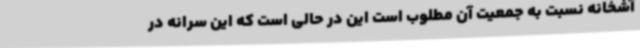
آشخانه نسبت به جمعیت آن مطلوب است این در حالی است که این سرانه در